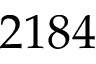
2 1 8 4